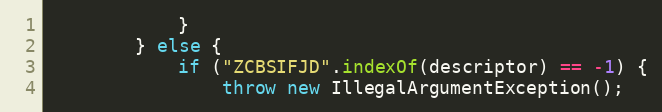
Language: Java
            }
        } else {
            if ("ZCBSIFJD".indexOf(descriptor) == -1) {
                throw new IllegalArgumentException();